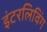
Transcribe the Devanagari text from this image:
इंटरलिविंग